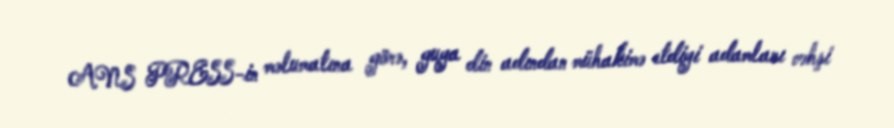
ANS PRESS-in məlumatına görə, guya din adından mühakimə etdiyi adamları vəhşi